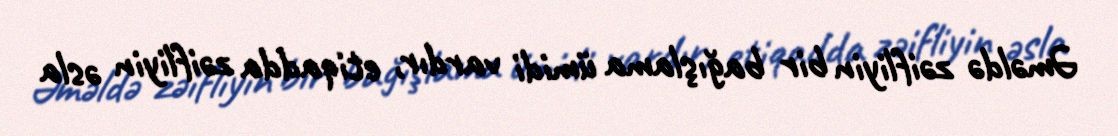
Əməldə zəifliyin bir bağışlama ümidi vardır, etiqadda zəifliyin əsla